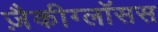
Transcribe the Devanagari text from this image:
ज़ैकीग्लॉसस